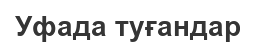
Уфада туғандар